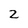
Character: 2